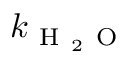
k _ { \mathrm { ~ H ~ } _ { 2 } \mathrm { ~ O ~ } }